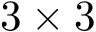
3 \times 3